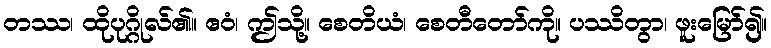
တဿ၊ ထိုပုဂ္ဂိုလ်၏။ ဧဝံ၊ ဤသို့။ စေတိယံ၊ စေတီတော်ကို။ ပဿိတွာ၊ ဖူးမြော်၍။